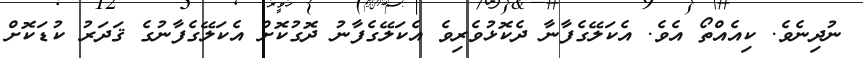
ނުދިނެވެ. ކިއެއްތޯ އެވެ. އެކަލޭގެފާނާ ދެކޮޅުވެރިވެ އެކަލޭގެފާނު ދޮގުކޮށް އެކަލޭގެފާނުގެ ޤަދަރު ކުޑަކޮށް